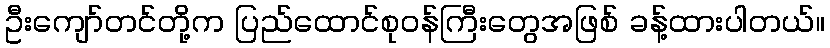
ဦးကျော်တင်တို့က ပြည်ထောင်စုဝန်ကြီးတွေအဖြစ် ခန့်ထားပါတယ်။